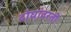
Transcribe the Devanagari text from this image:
दोघांवरती